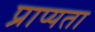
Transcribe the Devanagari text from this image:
प्राप्यता